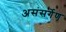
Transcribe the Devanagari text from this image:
असंसर्गेण